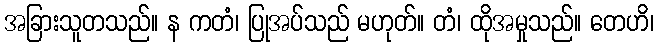
အခြားသူတသည်။ န ကတံ၊ ပြုအပ်သည် မဟုတ်။ တံ၊ ထိုအမှုသည်။ တေဟိ၊